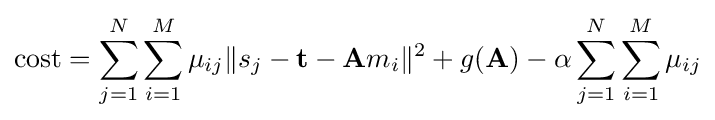
\operatorname {cost} =\sum _{j=1}^{N}\sum _{i=1}^{M}\mu _{ij}\lVert s_{j}-\mathbf {t} -\mathbf {A} m_{i}\rVert ^{2}+g(\mathbf {A} )-\alpha \sum _{j=1}^{N}\sum _{i=1}^{M}\mu _{ij}